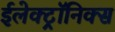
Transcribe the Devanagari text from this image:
ईलेक्ट्रॉनिक्स